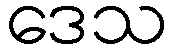
ဒေသ